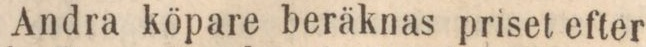
Andra köpare beräknas priset efter